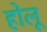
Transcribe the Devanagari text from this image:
होलू